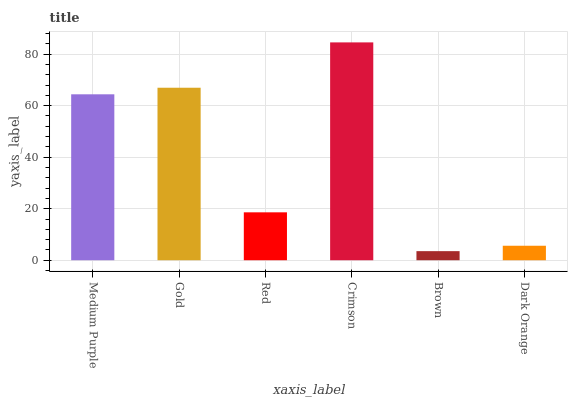
| xaxis_label | bars |
 | --- | --- |
 | Medium Purple | 64.4 |
 | Gold | 67 |
 | Red | 18.6 |
 | Crimson | 84.6 |
 | Brown | 3.53 |
 | Dark Orange | 5.62 |